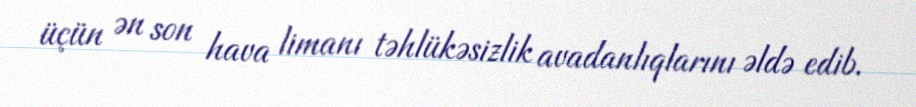
üçün ən son hava limanı təhlükəsizlik avadanlıqlarını əldə edib.